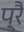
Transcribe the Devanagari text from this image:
प्रै